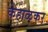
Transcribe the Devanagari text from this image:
केहाळकर